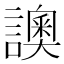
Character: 䜒